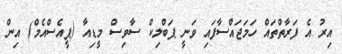
އިރު އެ ފަރާތްތައް ހަމަޖައްސާފައި ވަނީ ޕަބްލިކް ސާވިސް މީޑިއާ (ޕީއެސްއެމް) އިން